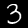
Digit: 3